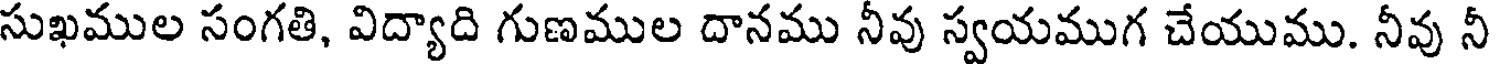
సుఖముల సంగతి, విద్యాది గుణముల దానము నీవు స్వయముగ చేయుము. నీవు నీ